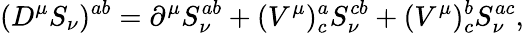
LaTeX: (D^{\mu}S_{\nu})^{ab}=\partial^{\mu}S_{\nu}^{ab}+(V^{\mu})_{c}^{a}S_{\nu}^{cb}+(V^{\mu})_{c}^{b}S_{\nu}^{ac},